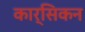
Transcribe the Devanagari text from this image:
कार्सिकन